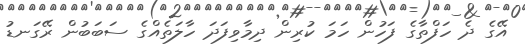
އޭގެ ދެ ހަފްތާގެ ފަހުން ހަމަ ކުރިން ދިމާވިފަދަ ހާލަތެއްގެ ސަބަބުން ރޭގަނޑު